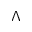
\Lambda